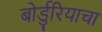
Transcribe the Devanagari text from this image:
बोर्डुरियाचा